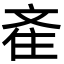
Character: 𣁑